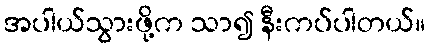
အပါယ်သွားဖို့က သာ၍ နီးကပ်ပါတယ်။